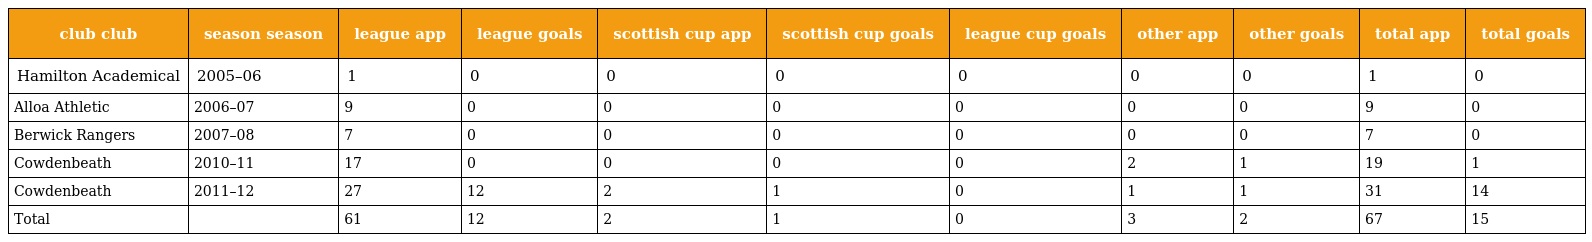
| club club | season season | league app | league goals | scottish cup app | scottish cup goals | league cup goals | other app | other goals | total app | total goals |
 | --- | --- | --- | --- | --- | --- | --- | --- | --- | --- | --- |
 | Hamilton Academical | 2005–06 | 1 | 0 | 0 | 0 | 0 | 0 | 0 | 1 | 0 |
 | Alloa Athletic | 2006–07 | 9 | 0 | 0 | 0 | 0 | 0 | 0 | 9 | 0 |
 | Berwick Rangers | 2007–08 | 7 | 0 | 0 | 0 | 0 | 0 | 0 | 7 | 0 |
 | Cowdenbeath | 2010–11 | 17 | 0 | 0 | 0 | 0 | 2 | 1 | 19 | 1 |
 | Cowdenbeath | 2011–12 | 27 | 12 | 2 | 1 | 0 | 1 | 1 | 31 | 14 |
 | Total |  | 61 | 12 | 2 | 1 | 0 | 3 | 2 | 67 | 15 |